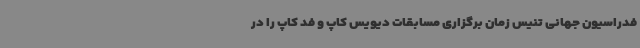
فدراسیون جهانی تنیس زمان برگزاری مسابقات دیویس کاپ و فد کاپ را در